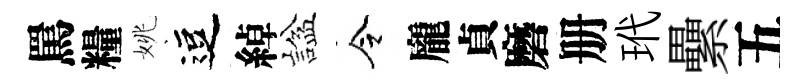
罵糧姚逗綽諡令龐貞磨册玳纍五